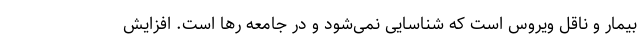
بیمار و ناقل ویروس است که شناسایی نمی‌شود و در جامعه رها است. افزایش